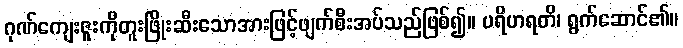
ဂုဏ်ကျေးဇူးကိုတူးဖြိုးဆီးသောအားဖြင့်ဖျက်စီးအပ်သည်ဖြစ်၍။ ပရိဟရတိ၊ ရွက်ဆောင်၏။